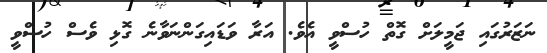
ނަޒަރުގައި ޖަމީލަށް ގޮތް ހުސްވީ އެވެ. އަރާ ވަޑައިގަންނަވާނެ ގޮޅި ވެސް ހުސްވީ